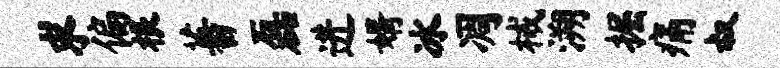
求偏根蕃磊进婿冰凋械溯掘痛叔